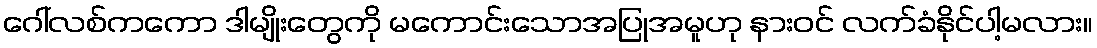
ဂေါ်လစ်ကကော ဒါမျိုးတွေကို မကောင်းသောအပြုအမူဟု နားဝင် လက်ခံနိုင်ပါ့မလား။